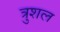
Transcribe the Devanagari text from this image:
त्रुशल